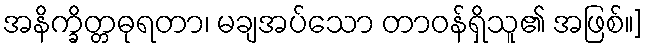
အနိက္ခိတ္တဓုရတာ၊ မချအပ်သော တာဝန်ရှိသူ၏ အဖြစ်။]